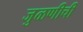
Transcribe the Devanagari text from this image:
जुळणीची